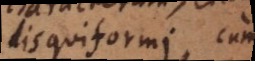
disquiformi, cum